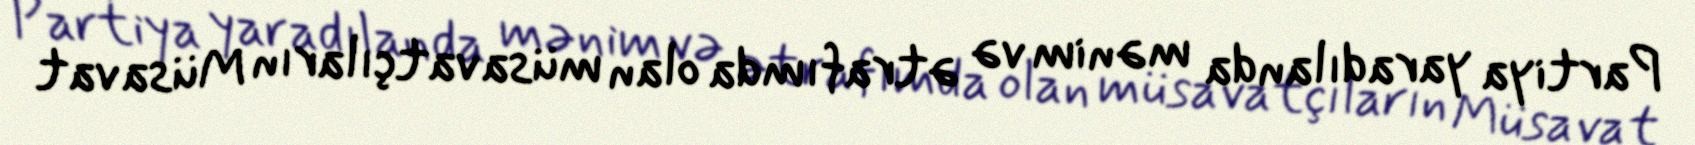
Partiya yaradılanda mənim və ətrafımda olan müsavatçıların Müsavat